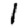
Digit: 1